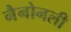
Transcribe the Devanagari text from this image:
नैनोनली